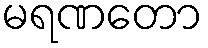
မရဏတော